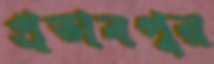
প্রতাবপুর